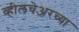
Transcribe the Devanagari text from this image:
व्हीलचेअरच्या